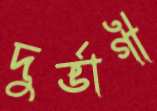
দুর্ভাগী